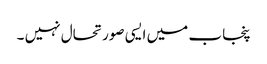
پنجاب میں ایسی صورتحال نہیں ۔